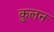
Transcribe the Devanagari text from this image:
कुलन